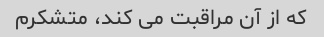
که از آن مراقبت می کند، متشکرم